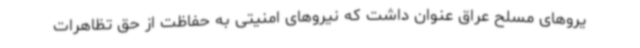
یروهای مسلح عراق عنوان داشت که نیروهای امنیتی به حفاظت از حق تظاهرات